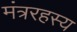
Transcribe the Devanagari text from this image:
मंत्ररहस्य